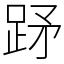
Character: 䟥